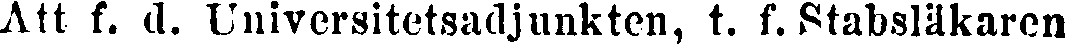
Att f. d. Universitetsadjunkten, t. f. Stabsläkaren